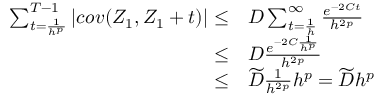
\begin{array} { r l } { \sum _ { t = \frac { 1 } { h ^ { p } } } ^ { T - 1 } | c o v ( Z _ { 1 } , Z _ { 1 } + t ) | \le } & { D \sum _ { t = \frac { 1 } { h } } ^ { \infty } \frac { e ^ { - 2 C t } } { h ^ { 2 p } } } \\ { \le } & { D \frac { e ^ { - 2 C \frac { 1 } { h ^ { p } } } } { h ^ { 2 p } } } \\ { \le } & { \widetilde { D } \frac { 1 } { h ^ { 2 p } } h ^ { p } = \widetilde { D } h ^ { p } } \end{array}